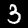
Digit: 3